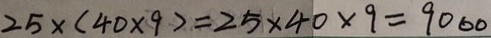
2 5 \times ( 4 0 \times 9 ) = 2 5 \times 4 0 \times 9 = 9 0 0 0